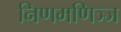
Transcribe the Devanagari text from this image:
निणमणिञ्ज